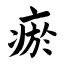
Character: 瘀